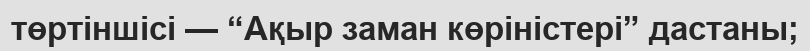
төртіншісі — “Ақыр заман көріністері” дастаны;